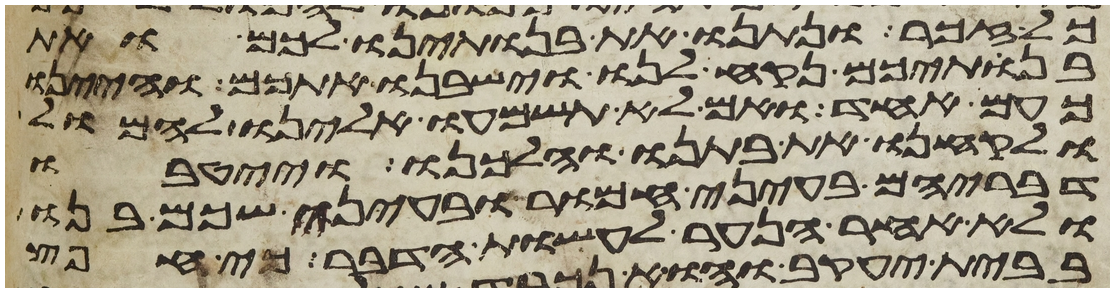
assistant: כל זכר ונתנו את בנתינו לכם ואת
בנתיכם נקח לנו וישבנו אתכם והיינו
כעם אחד ואם לא תשמעו אלינו להמול
ולקחנו את בתנו והלכנו וייטבו
דבריהם בעיני חמור ובעיני שכם בנו
ולא אחר הנער לעשות הדבר כי חפץ